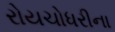
રોયચોધરીના